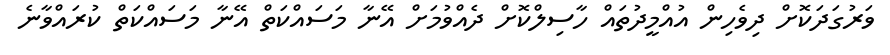
ވަރުގަދަކޮށް ދިވެހިން އުއްމީދުތައް ހާސިލްކޮށް ދެއްވުމަށް އޭނާ މަސައްކަތް އޭނާ މަސައްކަތް ކުރައްވާނެ